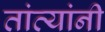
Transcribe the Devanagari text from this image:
तांत्यांनी